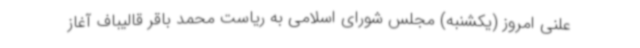
علنی امروز (یکشنبه) مجلس شورای اسلامی به ریاست محمد باقر قالیباف آغاز